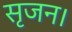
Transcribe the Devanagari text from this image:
सृजन।